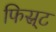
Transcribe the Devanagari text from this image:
फिस्र्ट